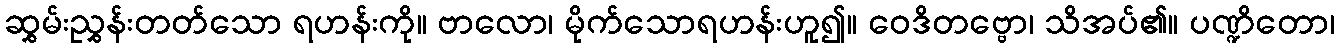
ဆွှမ်းညွှန်းတတ်သော ရဟန်းကို။ ဗာလော၊ မိုက်သောရဟန်းဟူ၍။ ဝေဒိတဗ္ဗော၊ သိအပ်၏။ ပဏ္ဍိတော၊